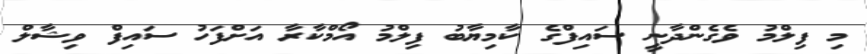
މި ފިލްމު ވެގެންދާނީ ސައިފްގެ ކާމިޔާބު ފިލްމު އޯމްކާރާ އަށްފަހު ސައިފް ވިޝާލް